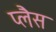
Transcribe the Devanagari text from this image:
प्लैस